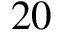
2 0